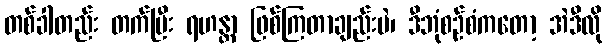
တစ်ခါတည်း တက်ပြီး ရဟန္တာ ဖြစ်ကြတာချည်းပဲ၊ ဒီဘုံစဉ်စံကတော့ အဲဒီလို